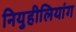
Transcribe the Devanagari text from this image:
नियुहीलियांग